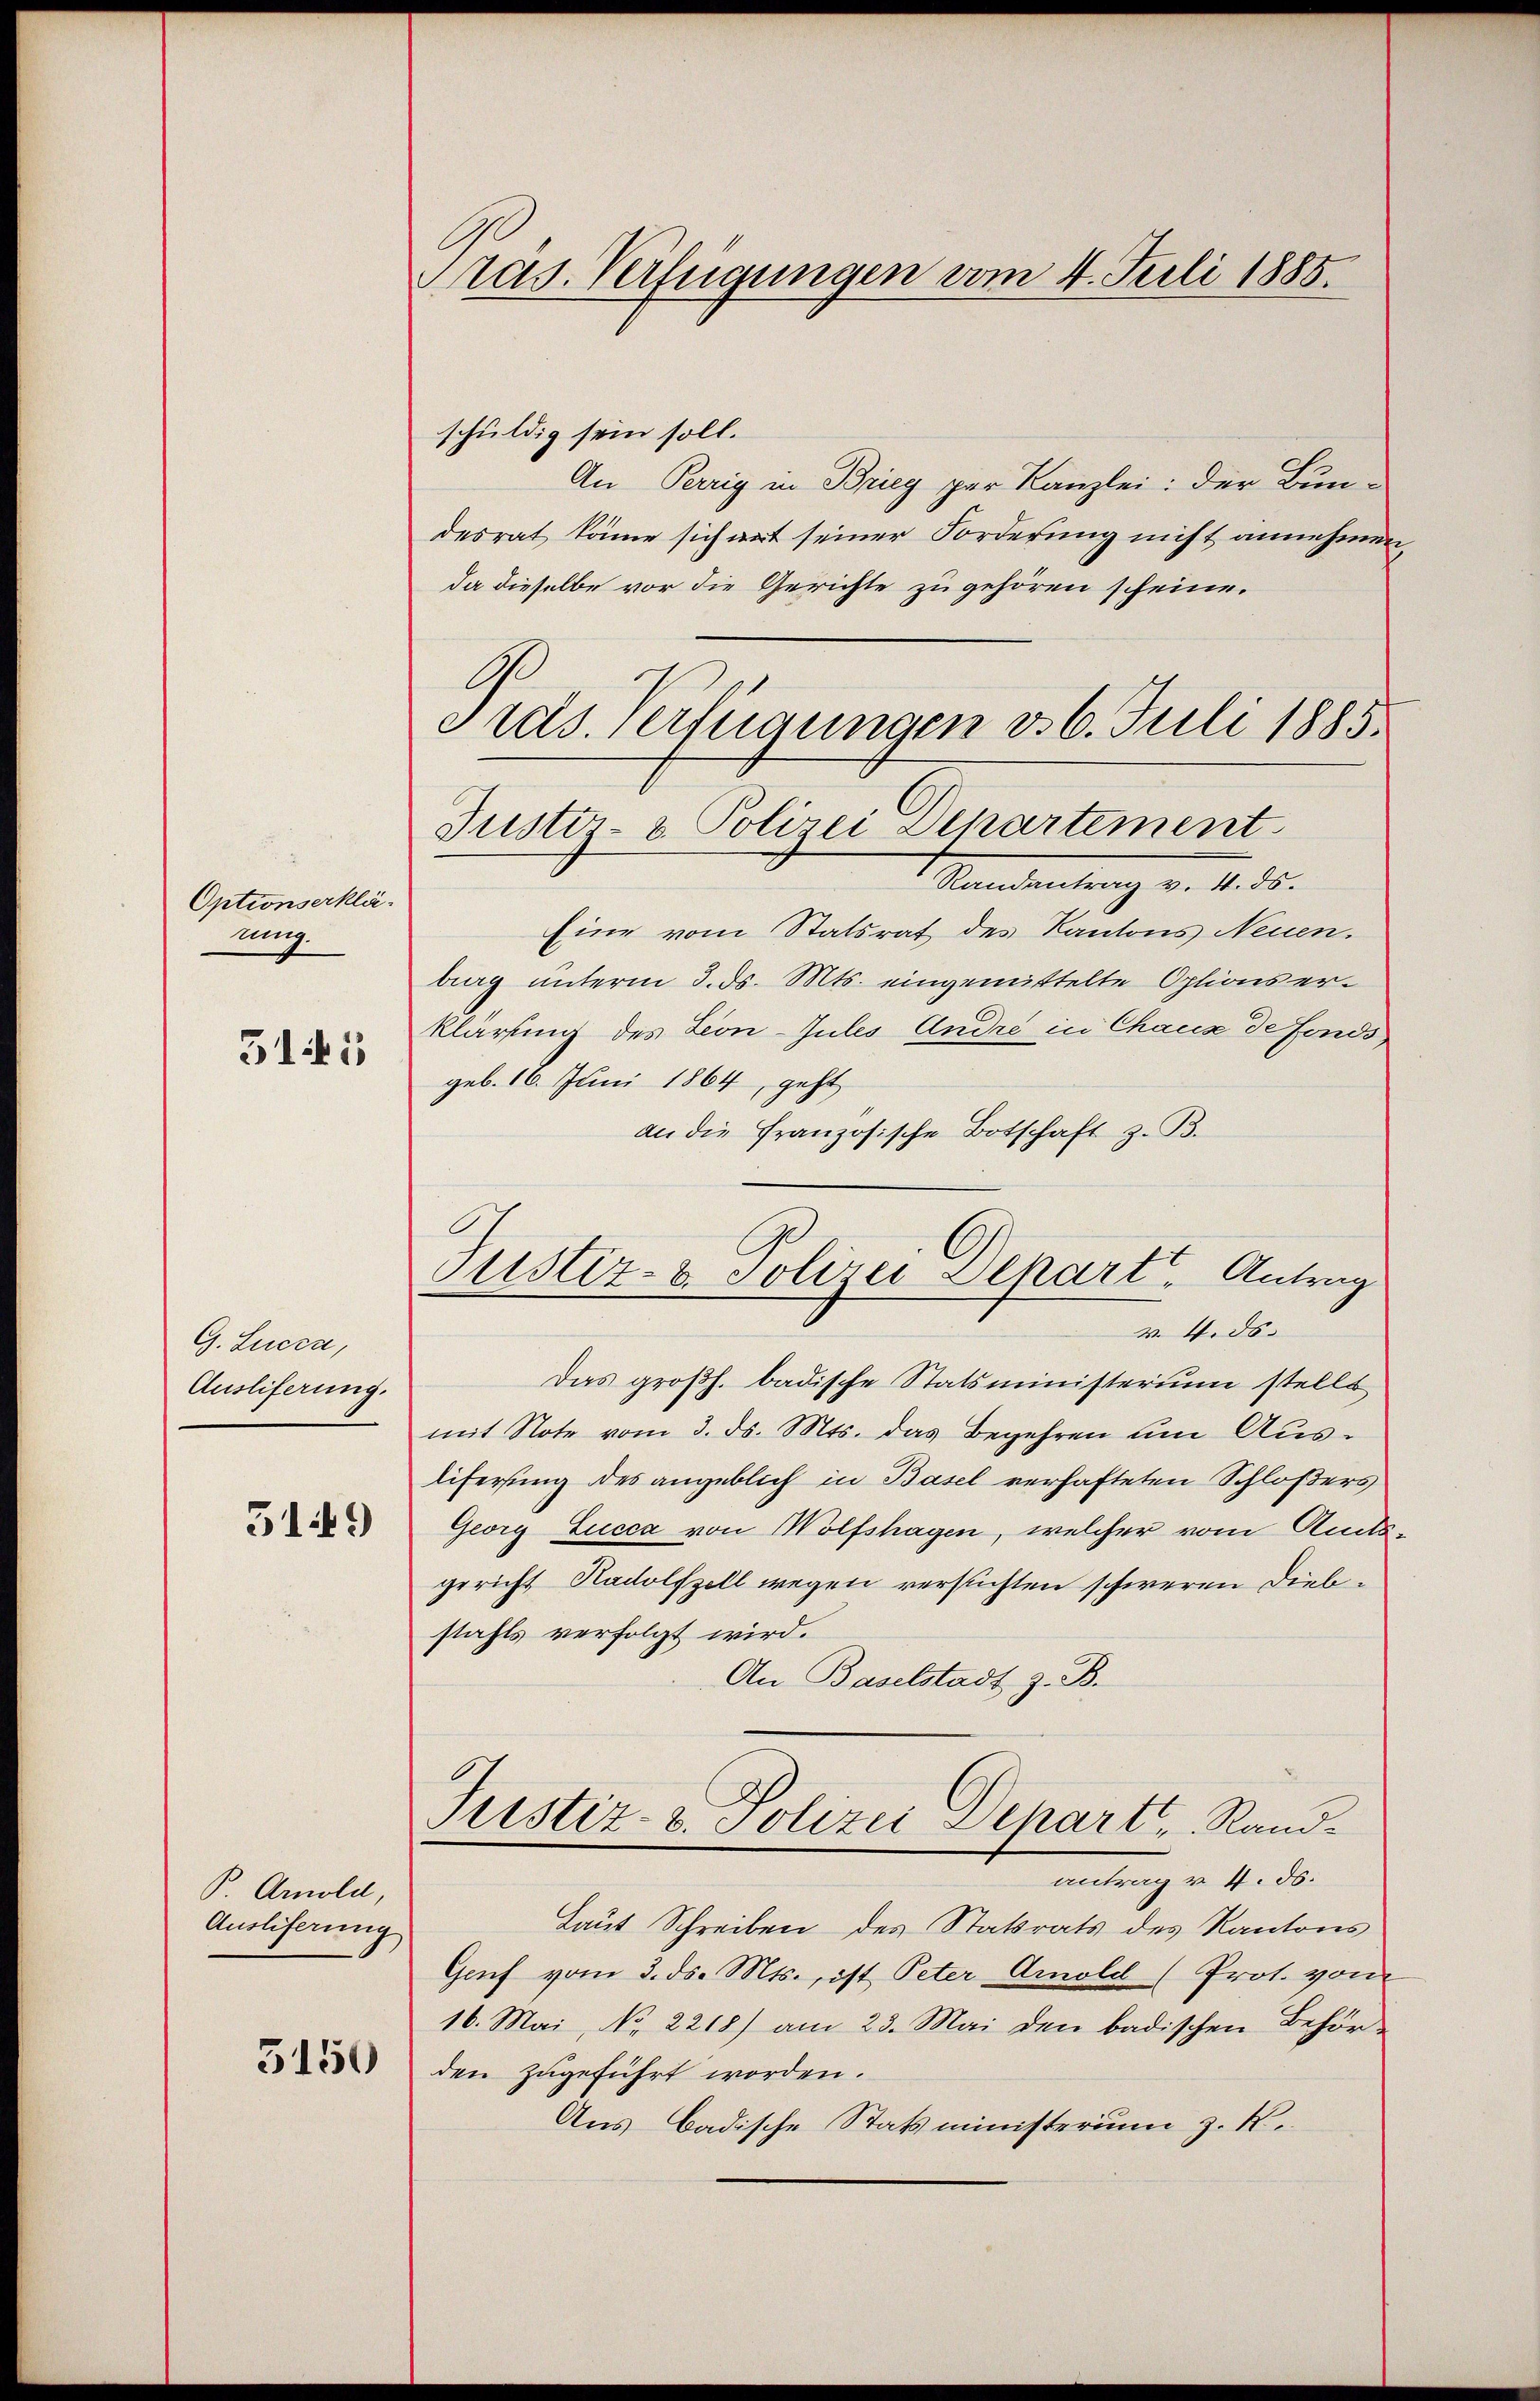
Optionserklä-
nig.
315

G. Lucca,
Ausliferung.
519)

B. Arnold
Ausliferung
3150

Präs. Verfügungen vom 4. Juli 1885.

schuldig sein soll.
An Perrig in Brieg par Kanzlei: der Bundesrat könne sich art seiner Forderung nicht annehmen,
da dieselbe vor die Gerichte zu gehören scheine.
G
Justiz- & Polizei Departement.
Randantrag v. 4. ds.
Eine vom Statsrat des Kantons Neuen.
berg unterm 3. ds. Mts. eingemittelte Options erklärung des Leon-Jules Andre in Chaux de fonds
geb. 16. Juni 1864, geht
an die Französische Botschaft z. B.
v. 4. ds.
Das großh. badische Statsministerium stellt
mit Note vom 3. ds. Mts. das Begehren um Auslifersung des angeblich in Basel verhafteten Schloßers
Georg Lucca von Wolfshagen, welcher vom Amts
gericht Radolfzell wegen versuchten schweren Diebstahls verfolgt wird.
An Baselstadt z. B.
.
Justiz- u. Polizei Separt, Randantrag v. 4. ds.
Laut Schreiben des Statrats des Kantons
Genf vom 3. ds. Mts., ist Peter Amold (Prot. von
16. Mai, No. 2218) am 23. Mai den badischen Behörden zugeführt worden.
Aus Badische Statsministerium z. K.

e ras. Verfügungen d. 6. Juli 1885.

Justiz- & Polizei Depart. Antrag